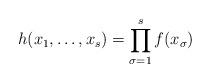
LaTeX: \begin{align*}h(x_1, \ldots, x_s) = \prod_{\sigma = 1}^s f(x_{\sigma})\end{align*}